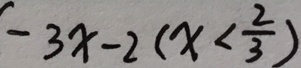
- 3 x - 2 ( x < \frac { 2 } { 3 } )